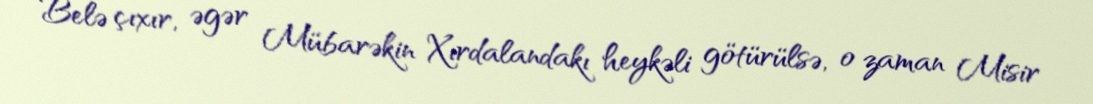
Belə çıxır, əgər Mübarəkin Xırdalandakı heykəli götürülsə, o zaman Misir